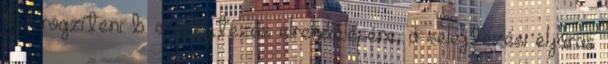
kell rögzíteni: b. a selejtezés elrendelésére, a selejtezési eljárás